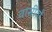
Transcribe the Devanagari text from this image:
वासीयों